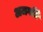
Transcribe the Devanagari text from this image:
अजगर्ति